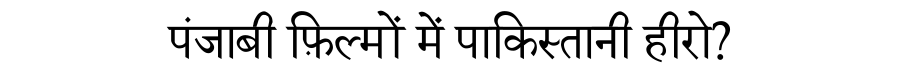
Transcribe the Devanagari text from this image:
पंजाबी फ़िल्मों में पाकिस्तानी हीरो?